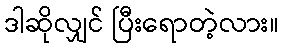
ဒါဆိုလျှင် ပြီးရောတဲ့လား။